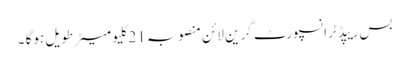
بس ریپڈ ٹرانسپورٹ گرین لائن منصوبہ 21کلیو میٹر طویل ہوگا ۔